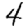
Digit: 4